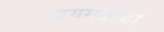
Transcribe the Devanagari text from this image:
वयमर्यादा